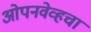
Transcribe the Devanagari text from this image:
ओपनवेव्हचा